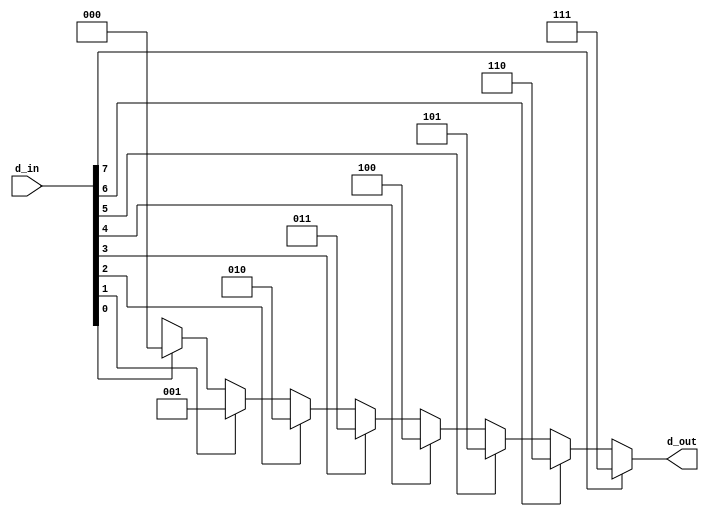
`timescale 1ns / 1ps
//////////////////////////////////////////////////////////////////////////////////
// Company: 
// Engineer: 
// 
// Design Name: 
// Module Name: pe_38
// Project Name: 
// Target Devices: 
// Tool Versions: 
// Description: 
// 
// Dependencies: 
// 
// Revision:
// Revision 0.01 - File Created
// Additional Comments:
// 
//////////////////////////////////////////////////////////////////////////////////


module pe_38(d_out,d_in);
  output [2:0] d_out;
  input [7:0] d_in ;
assign d_out=(d_in[7]==1'b1)?3'b111:
               (d_in[6]==1'b1)?3'b110:
               (d_in[5]==1'b1)?3'b101:
               (d_in[4]==1'b1)?3'b100:
               (d_in[3]==1'b1)?3'b011:
               (d_in[2]==1'b1)?3'b010:
               (d_in[1]==1'b1)?3'b001:
               (d_in[0]==1'b1)?3'b000:3'bxxx;
endmodule